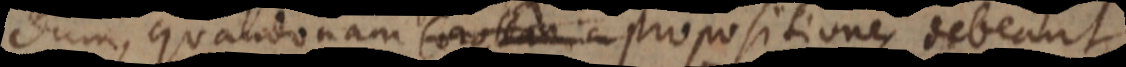
dum, quandonam corollaria, propositiones debeant